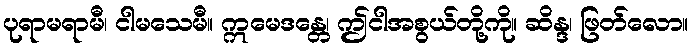
ပုရာမရာမီ၊ ငါမသေမီ။ ဣမေဒန္တေ၊ ဤငါအစွယ်တို့ကို။ ဆိန္ဒ၊ ဖြတ်လော။